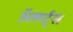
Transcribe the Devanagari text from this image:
अॅलर्ट्स